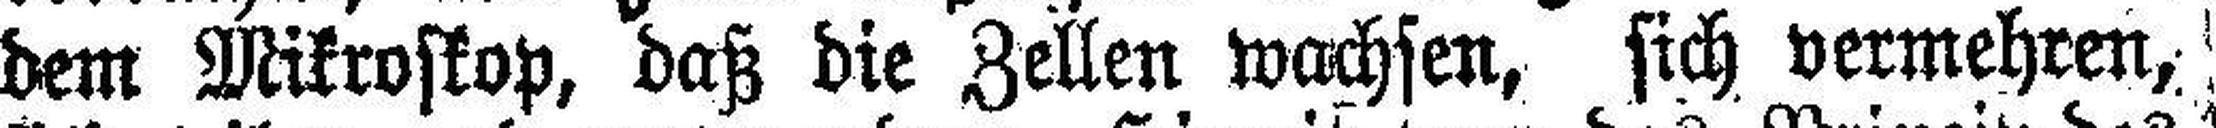
dem Mikroskop, daß die Zellen wachsen, sich vermehren,